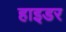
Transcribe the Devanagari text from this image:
हाइडर